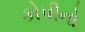
કોપીનો